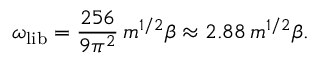
\omega _ { \mathrm { l i b } } = \frac { 2 5 6 } { 9 \pi ^ { 2 } } \, m ^ { 1 / 2 } \beta \approx 2 . 8 8 \, m ^ { 1 / 2 } \beta .